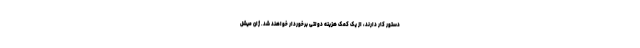
دستور کار دارند، از یک کمک هزینه دولتی برخوردار خواهند شد. ژان میشل